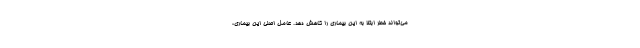
می‌تواند خطر ابتلا به این بیماری را کاهش دهد. عامل اصلی این بیماری،